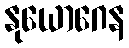
နုယောဂေန